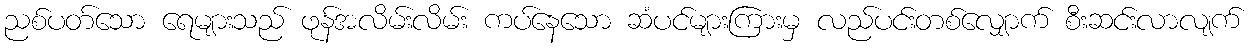
ညစ်ပတ်သော ရေများသည် ဖုန်အလိမ်းလိမ်း ကပ်နေသော ဆံပင်များကြားမှ လည်ပင်းတစ်လျှောက် စီးဆင်းလာလျက်